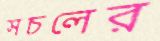
সচলের